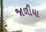
જાળીયા